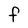
Character: F